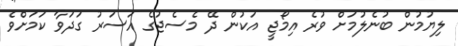
ލިޔުމުން ބުނެލުމަށް ވުރެ އިމޯޖީ އަކުން ދޭ މެސެޖުގެ އަސަރު ގަދަވާ ކަމަށްވެ